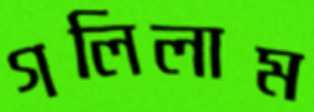
গলিলাম